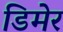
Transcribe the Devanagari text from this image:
डिमेर